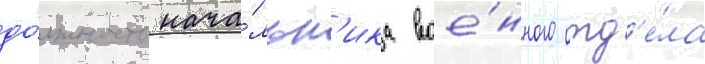
до́лжность нача́льн'ика вое́нного отд'е́ла